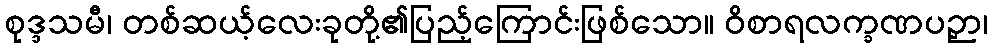
စုဒ္ဒသမီ၊ တစ်ဆယ့်လေးခုတို့၏ပြည့်ကြောင်းဖြစ်သော။ ဝိစာရလက္ခဏပဉှာ၊